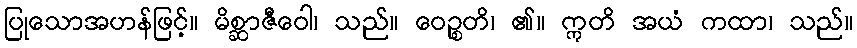
ပြုသောအဟန်ဖြင့်။ မိစ္ဆာဇီဝေါ၊ သည်။ ဝေဉ္စတိ၊ ၏။ ဣတိ အယံ ကထာ၊ သည်။